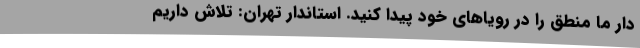
دار ما منطق را در رویاهای خود پیدا کنید. استاندار تهران: تلاش داریم